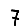
Digit: 7